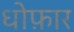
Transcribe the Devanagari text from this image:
धोफ़ार